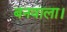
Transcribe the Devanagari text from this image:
बनवाला।